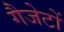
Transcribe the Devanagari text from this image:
गैजेटों